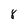
Character: 8